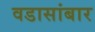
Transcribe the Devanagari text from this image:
वडासांबार